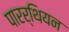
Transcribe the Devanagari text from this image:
पारर्थियन